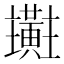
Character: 𪏜